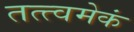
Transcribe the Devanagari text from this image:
तत्त्वमेकं